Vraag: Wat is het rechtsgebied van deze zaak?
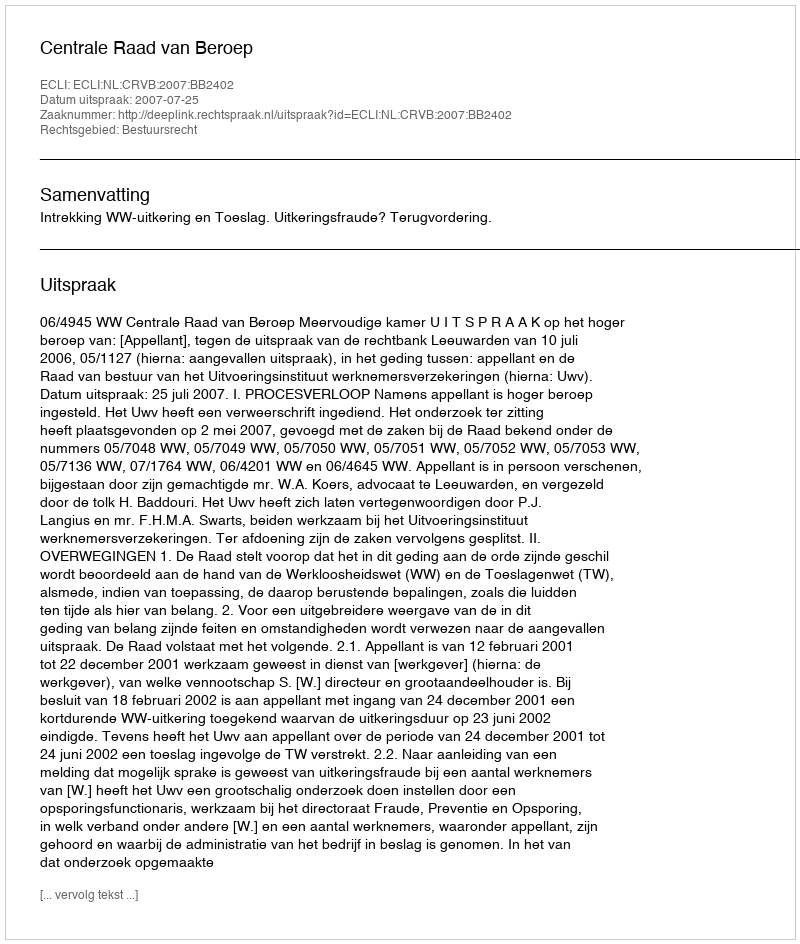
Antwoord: Bestuursrecht